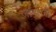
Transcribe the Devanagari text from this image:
जावाजी